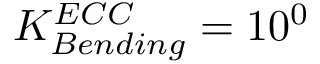
K _ { B e n d i n g } ^ { E C C } = 1 0 ^ { 0 }